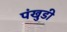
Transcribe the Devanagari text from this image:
पंखुडी